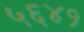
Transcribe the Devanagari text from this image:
५६४१